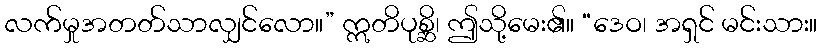
လက်မှုအတတ်သာလျှင်လော။” ဣတိပုစ္ဆိ၊ ဤသို့မေး၏။ “ဒေဝ၊ အရှင် မင်းသား။